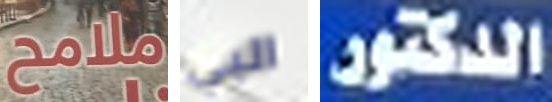
ملامح البي الدكتور